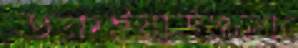
ডকইয়ার্ডগুলোর